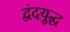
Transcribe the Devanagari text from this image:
द्वंदयुद्ध